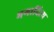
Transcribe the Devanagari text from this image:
भगादित्य